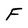
Character: F